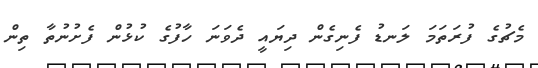
މެޗުގެ ފުރަތަމަ ލަނޑު ފެނިގެން ދިޔައީ ދެވަނަ ހާފުގެ ކުޅުން ފެށުނުތާ ތިން